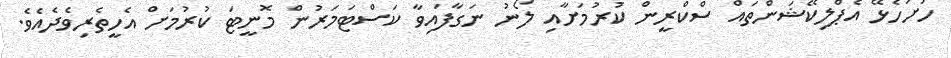
ހުށަހެޅޭ އެޕްލިކޭޝަންތައް ސްކްރީން ކުރުމަށާއި ލޯނު ނަގާފައިވާ ކަސްޓަމަރުން މޮނީޓަ ކުރުމަށް އެހީތެރިވެދެއެވެ.